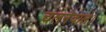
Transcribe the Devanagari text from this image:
चलनेवाले।